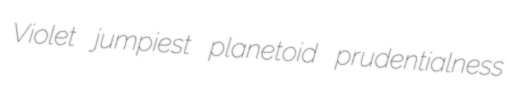
Violet jumpiest planetoid prudentialness